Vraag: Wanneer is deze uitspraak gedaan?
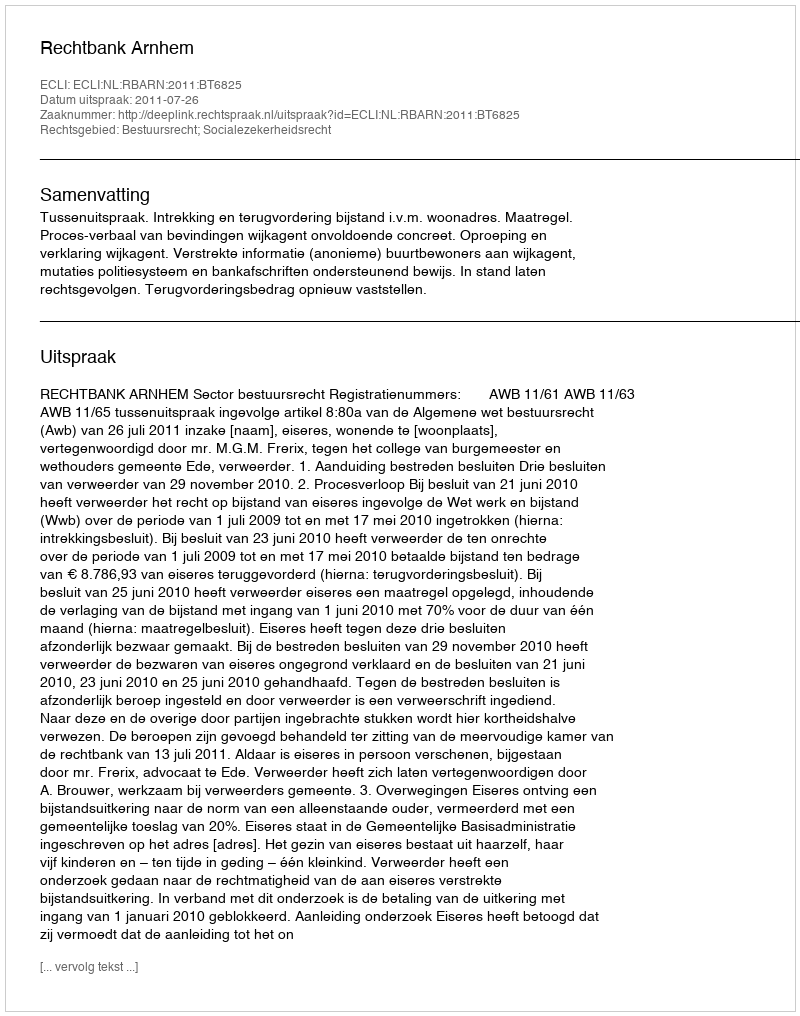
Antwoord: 2011-07-26